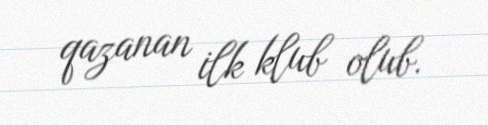
qazanan ilk klub olub.